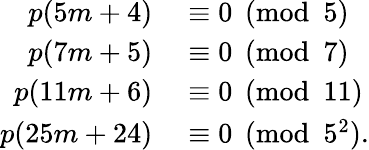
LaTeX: \begin{array}{rl}{p(5m+4)}&{{}\equiv 0{\pmod{5}}}\\ {p(7m+5)}&{{}\equiv 0{\pmod{7}}}\\ {p(11m+6)}&{{}\equiv 0{\pmod{11}}}\\ {p(25m+24)}&{{}\equiv 0{\pmod{5^{2}}}.}\end{array}